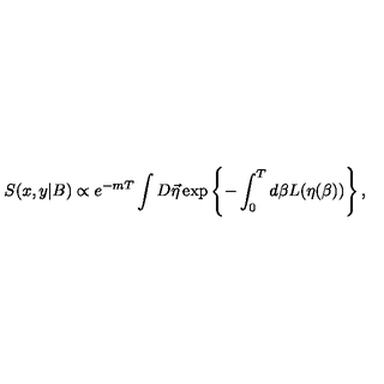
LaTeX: S ( x , y | B ) \propto e ^ { - m T } \int D \vec { \eta } \exp \left\{ - \int _ { 0 } ^ { T } d \beta L ( \eta ( \beta ) ) \right\} ,